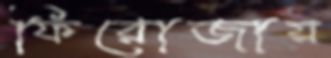
ফিরোজায়